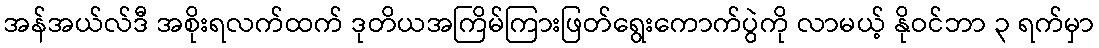
အန်အယ်လ်ဒီ အစိုးရလက်ထက် ဒုတိယအကြိမ်ကြားဖြတ်ရွေးကောက်ပွဲကို လာမယ့် နိုဝင်ဘာ ၃ ရက်မှာ